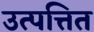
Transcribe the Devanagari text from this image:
उत्पत्तित